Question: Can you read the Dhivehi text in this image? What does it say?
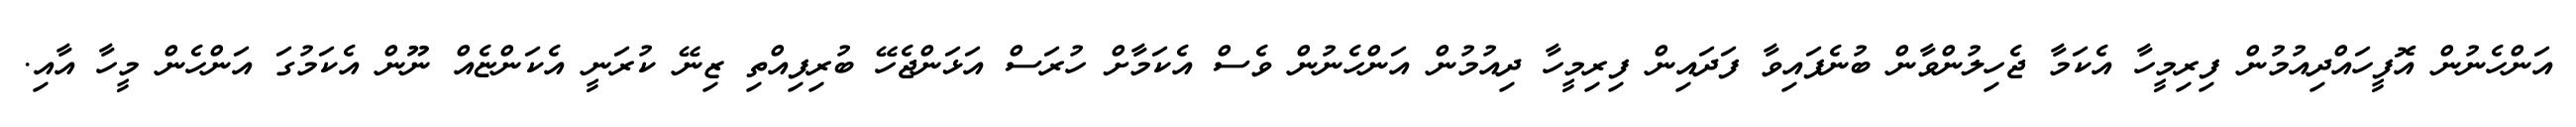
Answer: އަންހެނުން އޮފީހައްދިއުމުން ފިރިމީހާ އެކަމާ ޖެހިލުންވާން ބުނެފައިވާ ފަދައިން ފިރިމީހާ ދިއުމުން އަންހެނުން ވެސް އެކަމާށް ހުރަސް އަޅަންޖެހޭ ބުރިފިއްތި ޒިނޭ ކުރަނީ އެކަންޏެއް ނޫން އެކަމުގަ އަންހެން މީހާ އާއި.